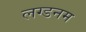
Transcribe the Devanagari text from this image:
लग्डनम